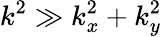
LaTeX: k^{2}\gg k_{x}^{2}+k_{y}^{2}